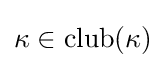
\kappa \in \operatorname {club} (\kappa )